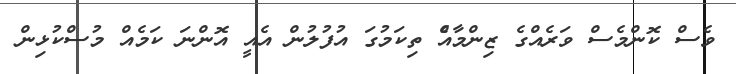
ވެސް ކޮންމެސް ވަރެއްގެ ޒިންމާއެް ތިކަމުގަ އުފުލުން އެއީ އޮންނަ ކަމެއް މުސްކުޅިން